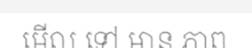
មើល ទៅ មាន ភាព